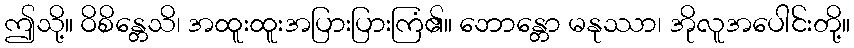
ဤသို့။ ဝိစိန္တေသိ၊ အထူးထူးအပြားပြားကြံ၏။ ဘောန္တော မနုဿာ၊ အိုလူအပေါင်းတို့။